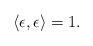
LaTeX: \begin{align*}\langle\epsilon,\epsilon \rangle=1 .\end{align*}